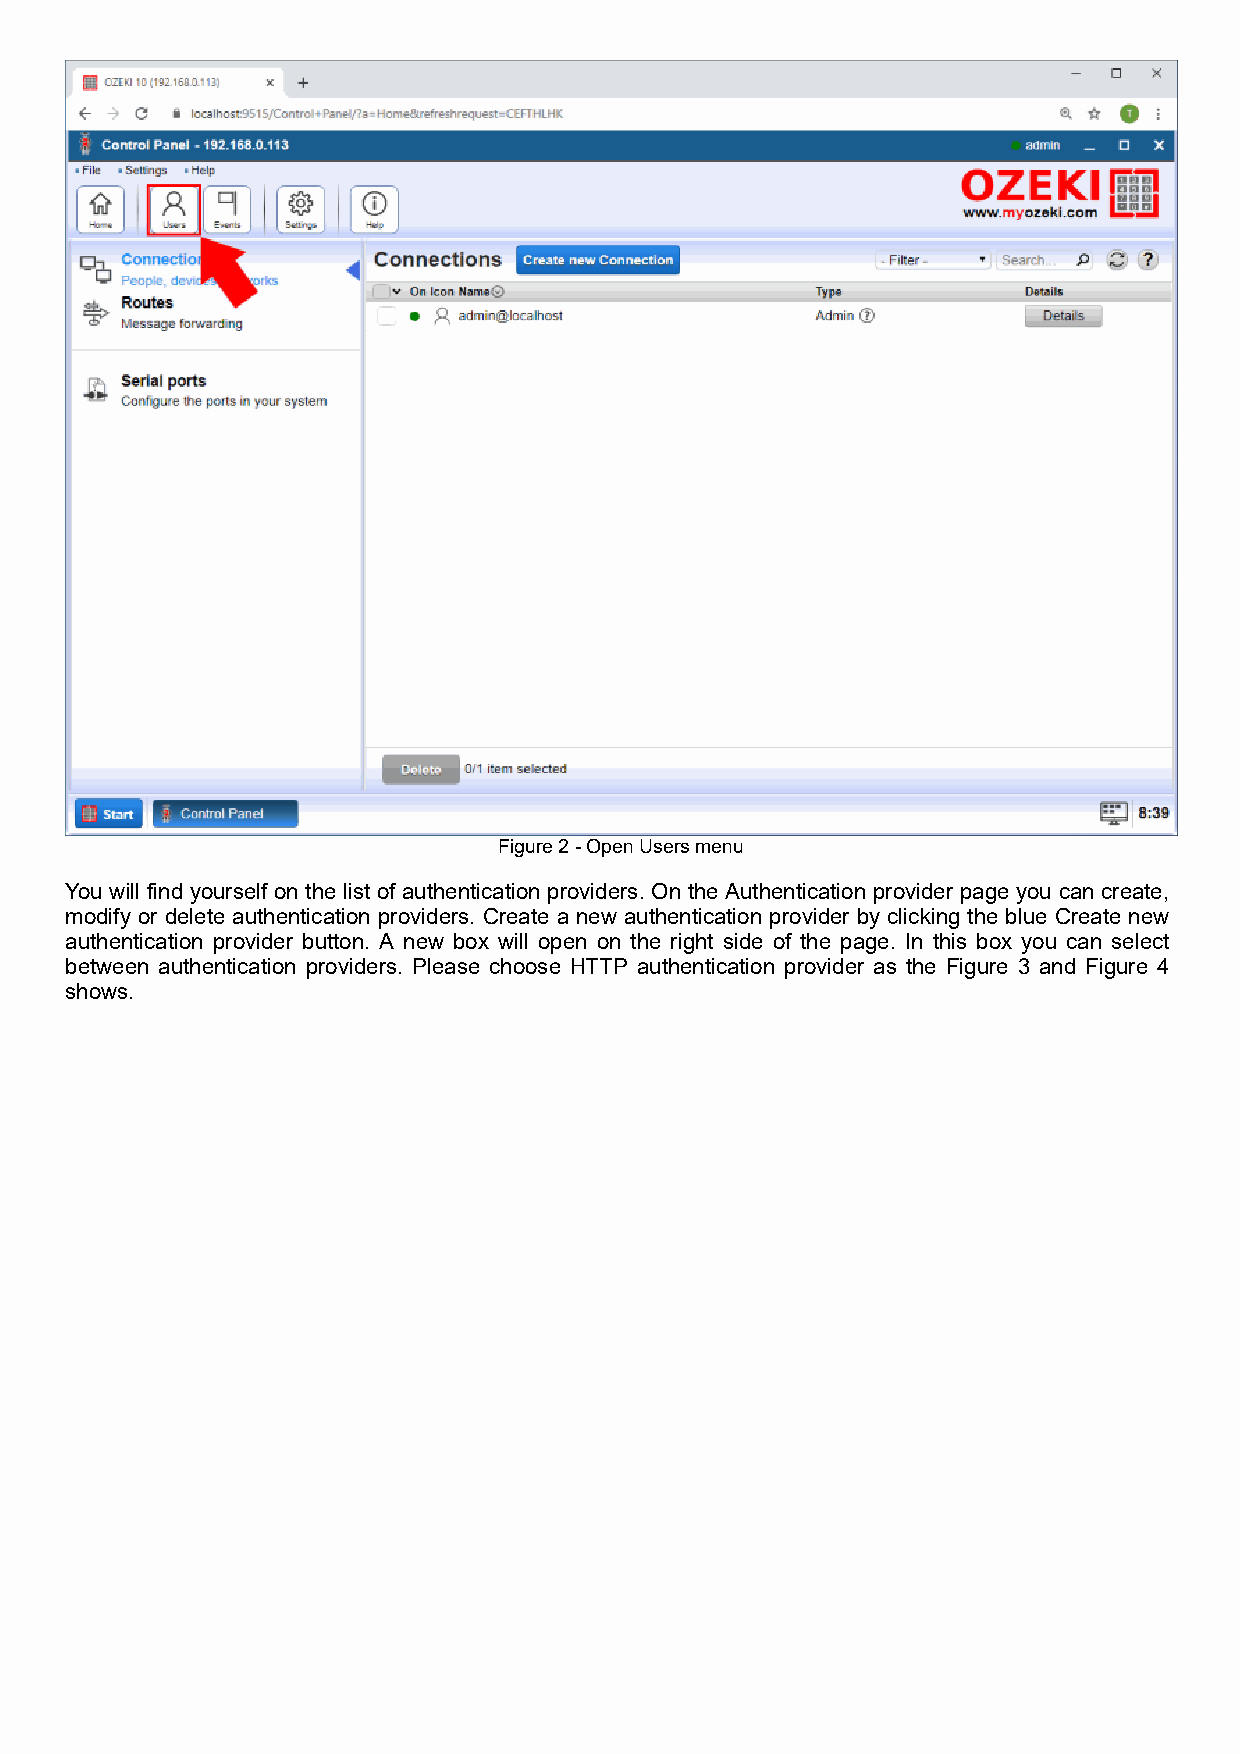
Figure 2 - Open Users menu
 You will find yourself on the list of authentication providers. On the Authentication provider page you can create,
 modify or delete authentication providers. Create a new authentication provider by clicking the blue Create new
 authentication provider button. A new box will open on the right side of the page. In this box you can select
 between authentication providers. Please choose HTTP authentication provider as the Figure 3 and Figure 4
 shows.